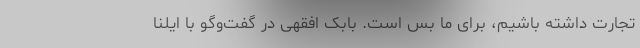
تجارت داشته باشیم، برای ما بس است. بابک افقهی در گفت‌وگو با ایلنا